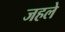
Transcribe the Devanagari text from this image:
जहले